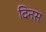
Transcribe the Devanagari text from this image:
दिनस